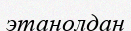
этанолдан